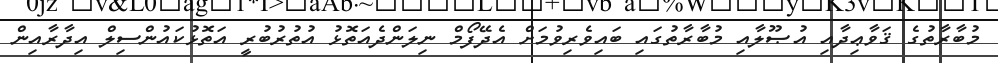
މުބާރާތުގެ ޤަވާޢިދާއި އުޞޫލާއި މުބާރާތުގައި ބައިވެރިވުމަށް އެދޭފޯމް ނިލަންދެއަތޮޅު އުތުރުބުރީ އަތޮޅުކައުންސިލް އިދާރާއިން